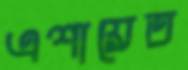
এশায়েত